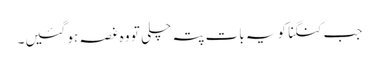
جب کنگنا کو یہ بات پتہ چلی تو وہ غصہ ہو گئیں۔